Riigikantselei, lk 168
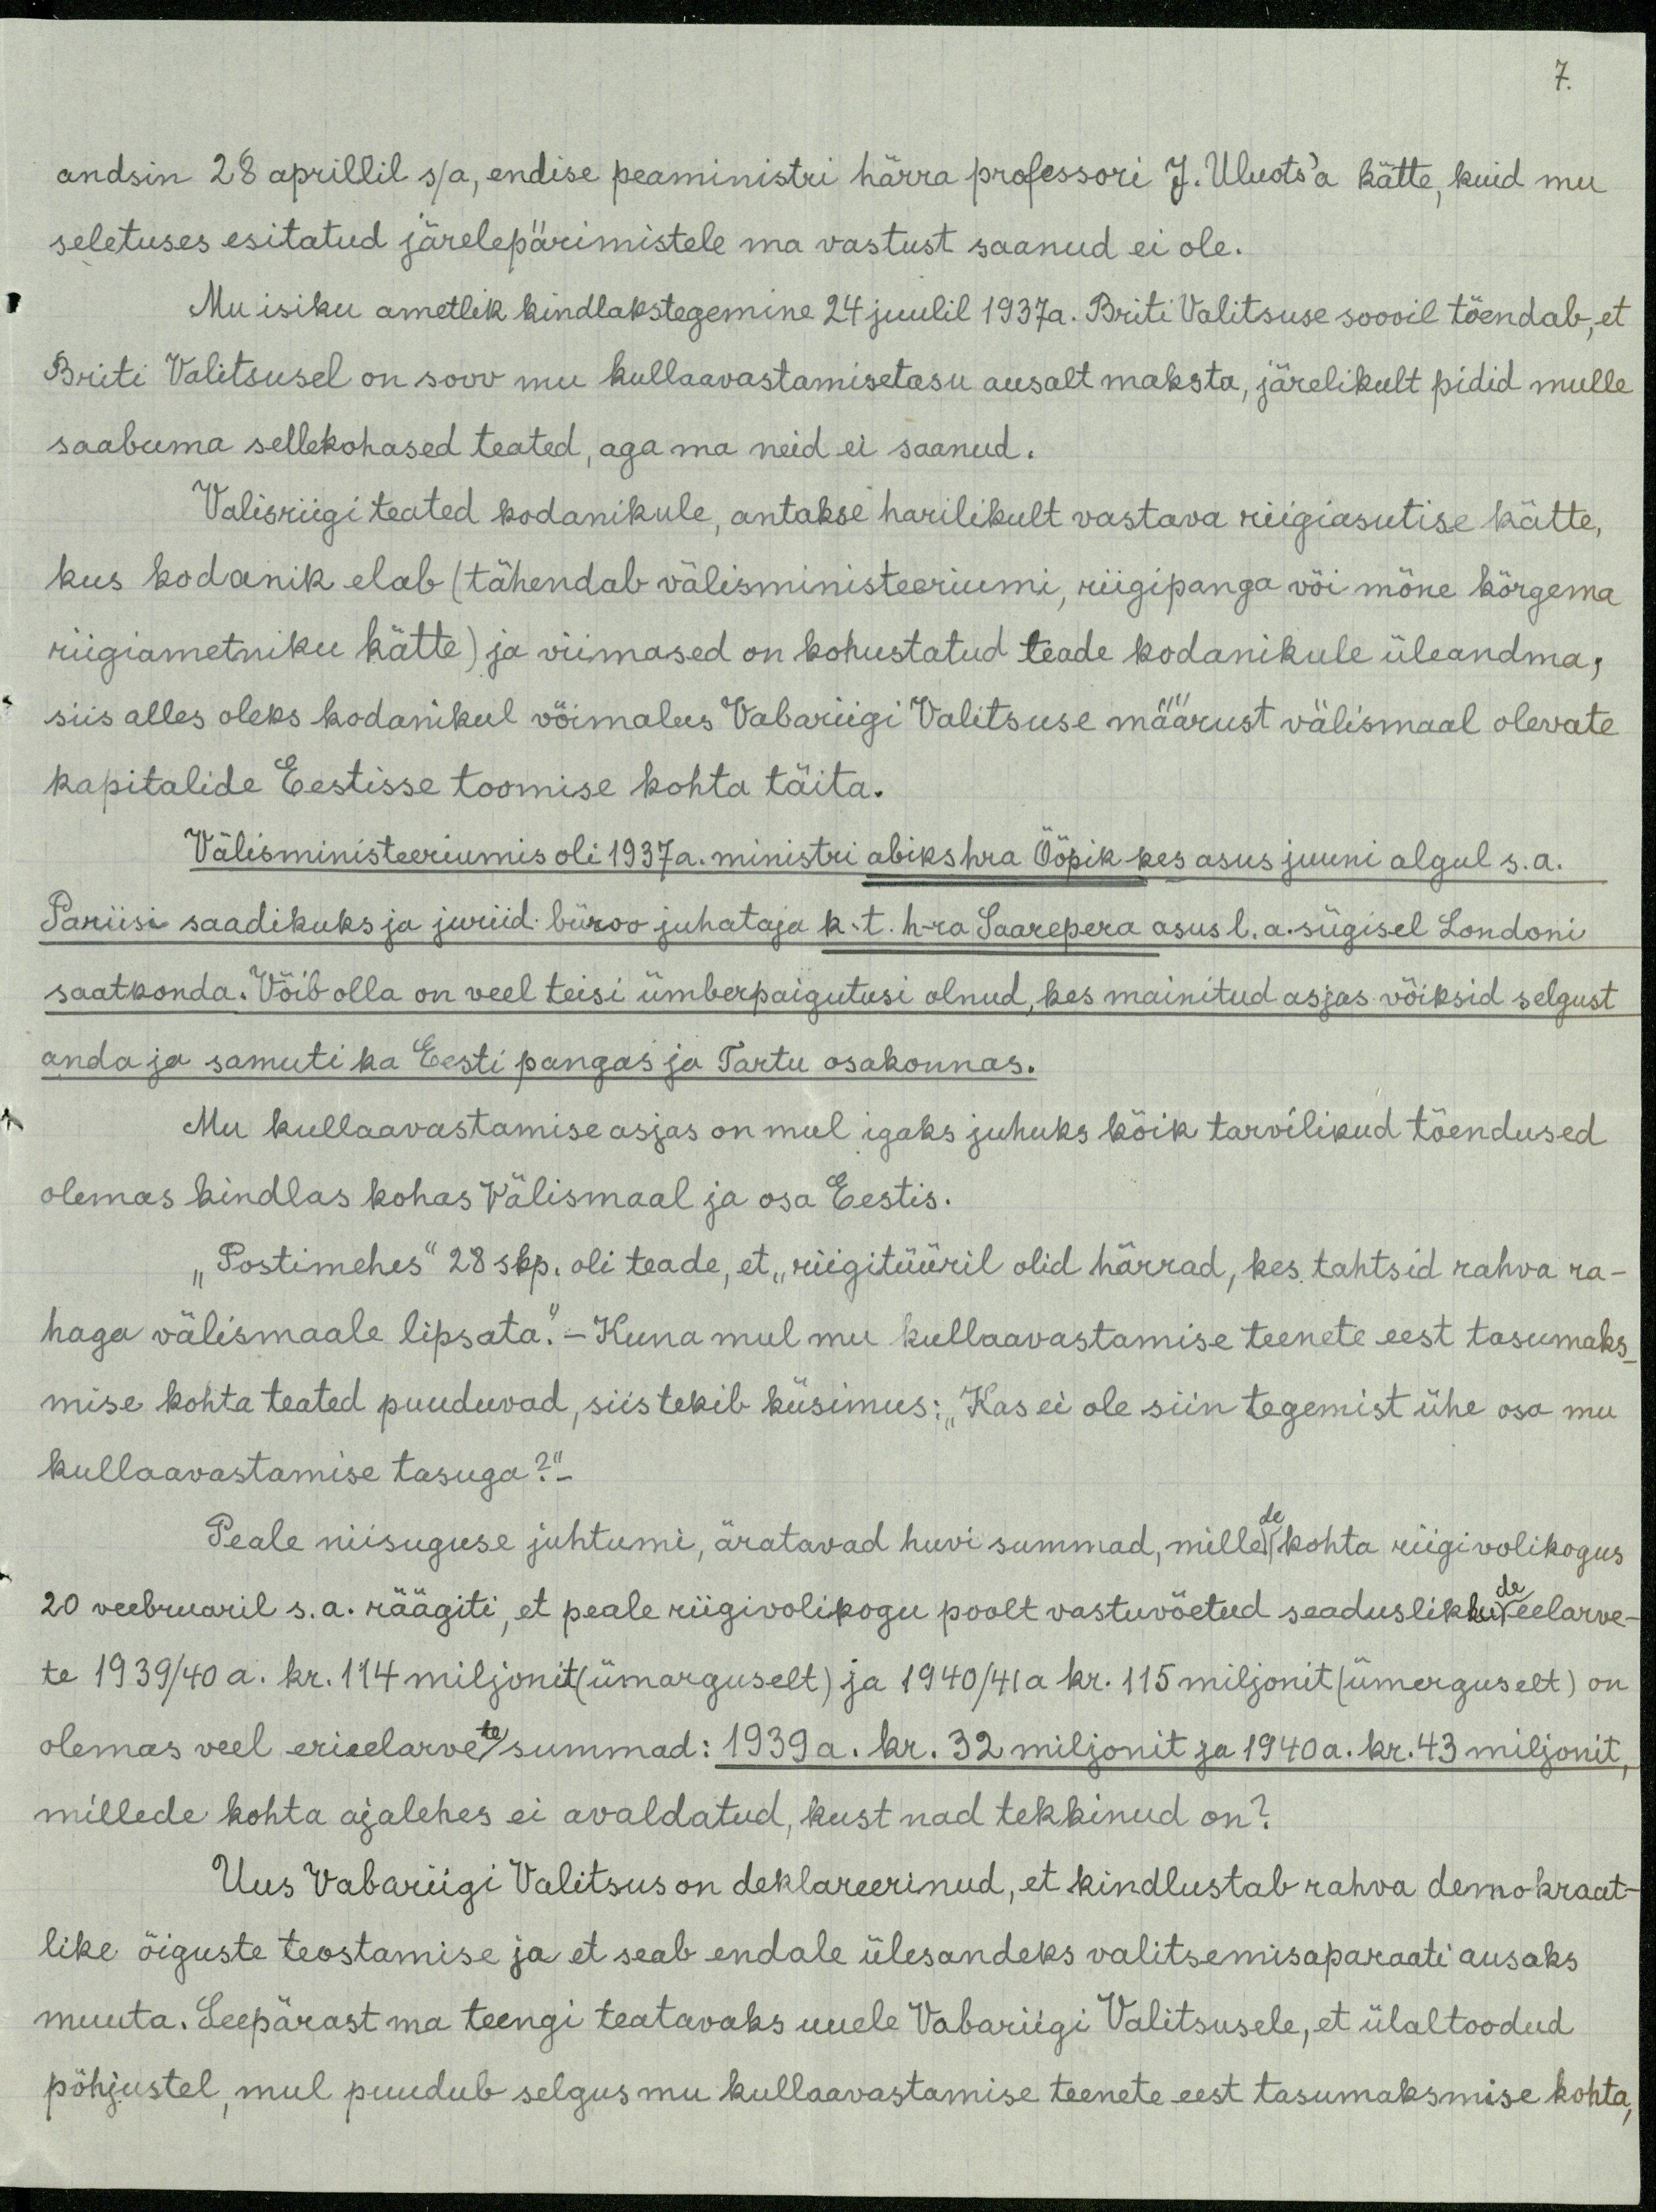
7.

andsin 28 aprillil s/a, endise peaministri härra professori J. Uluots'a kätte, kuid mu
seletuses esitatud järelepärimistele ma vastust saanud ei ole.
Mu isiku ametlik kindlaks tegemine 24 juulil 1937a. Briti Valitsuse soovil tõendab, et
Briti Valitsusel on soov mu kullaavastamisetasu ausalt maksta, järelikult pidid mulle
saabuma sellekohased teated, aga ma neid ei saanud.
Valisriigi teated kodanikule, antakse harilikult vastava riigiasutise kätte,
kus kodanik elab (tähendab välisministeeriumi, riigipanga või mõne kõrgema
riigiametniku kätte) ja viimased on kohustatud teade kodanikule üleandma,
siis alles oleks kodanikul võimalus Vabariigi Valitsuse määrust välismaal olevate
kapitalide Eestisse toomise kohta täita.
Välisministeeriumis oli 1937a. ministri abiks hra Ööpik kes asus juuni algul s.a.
Pariisi saadikuks ja juriid. büroo juhataja k-t. h-ra Saarepera asus l.a. sügisel Londoni
saatkonda. Võib olla on veel teisi ümberpaigutusi olnud, kes mainitud asjas võiksid selgust
anda ja samuti ka Eesti pangas ja Tartu osakonnas.
Mu kullaavastamise asjas on mul igaks juhuks kõik tarvilikud tõendused
olemas kindlas kohas Välismaal ja osa Eestis.
"Postimehes" 28 skp. oli teade, et "riigitüüril olid härrad, kes tahtsid rahva ra-
haga välismaale lipsata."- Kuna mul mu kullaavastamise teenete eest tasumaks-
mise kohta teated puuduvad, siis tekib küsimus: "Kas ei ole siin tegemist ühe osa mu
kullaavastamise tasuga?“-
Peale niisuguse juhtumi, äratavad huvi summad, mille kohta riigi volikogus
20 veebruaril s.a. räägiti, et peale riigivolikogu poolt vastuvõetud seaduslikude eelarve-
te 1939/40 a. kr. 114 miljonit (ümarguselt) ja 1940/41a kr. 115 miljonit (ümerguselt) on
olemas veel erieelarvete/ summad: 1939 a. kr. 32 miljonit ja 1940 a. hr. 43 miljonit,
millede kohta ajalehes ei avaldatud, kust nad tekkinud on?
Uus Vabariigi Valitsus on deklareerinud, et kindlustab rahva demokraat-
like õiguste teostamise ja et seab endale ülesandeks valitsemisaparaati ausaks
muuta. Seepärast ma teengi teatavaks uuele Vabariigi Valitsusele, et ülaltoodud
põhjustel, mul puudub selgus mu kullaavastamise teenete eest tasumaksmise kohta,